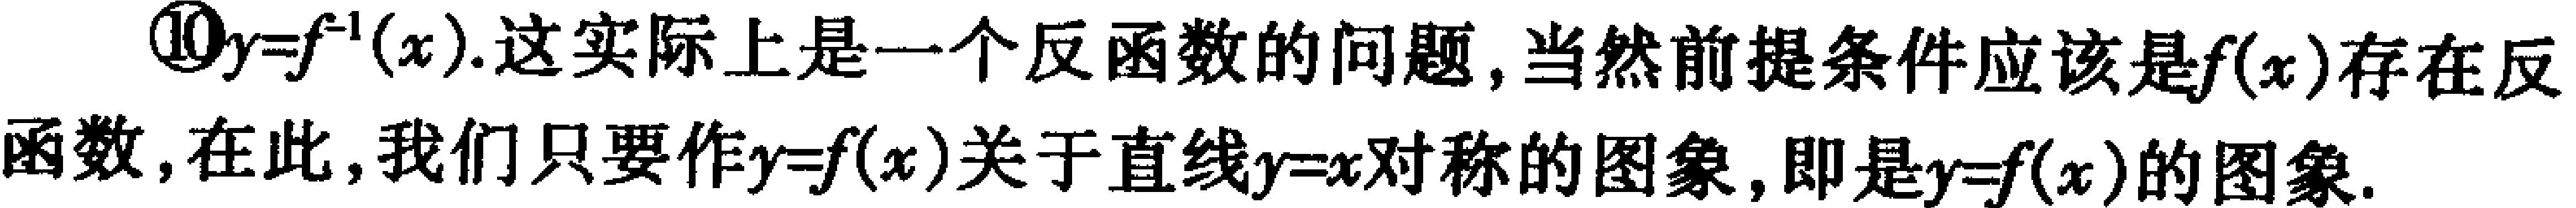
\textcircled{10}$y = f^{-1}(x)$.这实际上是一个反函数的问题,当然前提条件应该是$f(x)$存在反函数,在此,我们只要作$y = f(x)$关于直线$y = x$对称的图象,即是$y = f(x)$的图象.